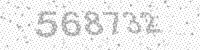
Solution: 568732